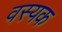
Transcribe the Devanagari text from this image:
वस्यक